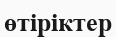
өтіріктер